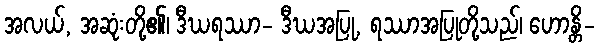
အလယ်, အဆုံးတို့၏၊ ဒီဃရဿာ- ဒီဃအပြု, ရဿာအပြုတို့သည်၊ ဟောန္တိ-